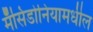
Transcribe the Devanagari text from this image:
मॅसिडोनियामधील